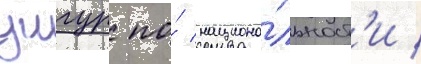
уигур по́ национа́льност'и /